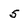
Character: 5